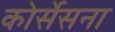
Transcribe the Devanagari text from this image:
कोर्सेसना